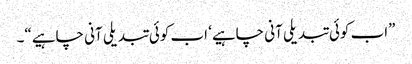
”اب کوئی تبدیلی آنی چاہیے‘ اب کوئی تبدیلی آنی چاہیے“۔